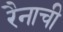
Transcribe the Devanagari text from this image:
रैनाची